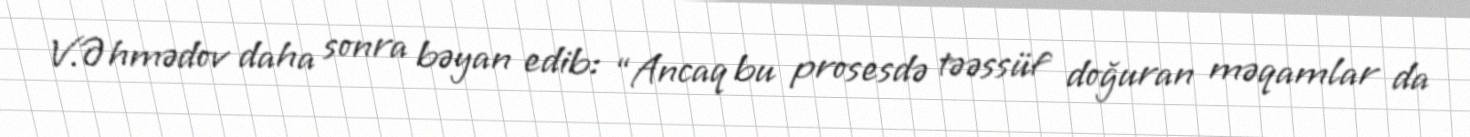
V.Əhmədov daha sonra bəyan edib: “Ancaq bu prosesdə təəssüf doğuran məqamlar da